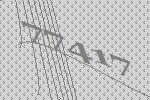
77417